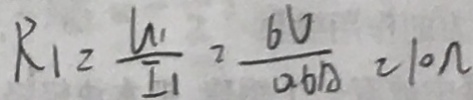
R _ { 1 } = \frac { U _ { 1 } } { I _ { 1 } } = \frac { 6 V } { 0 . 6 A } = 1 0 \Omega